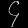
Digit: ၄